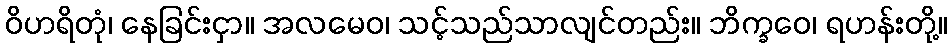
ဝိဟရိတုံ၊ နေခြင်းငှာ။ အလမေဝ၊ သင့်သည်သာလျင်တည်း။ ဘိက္ခဝေ၊ ရဟန်းတို့။